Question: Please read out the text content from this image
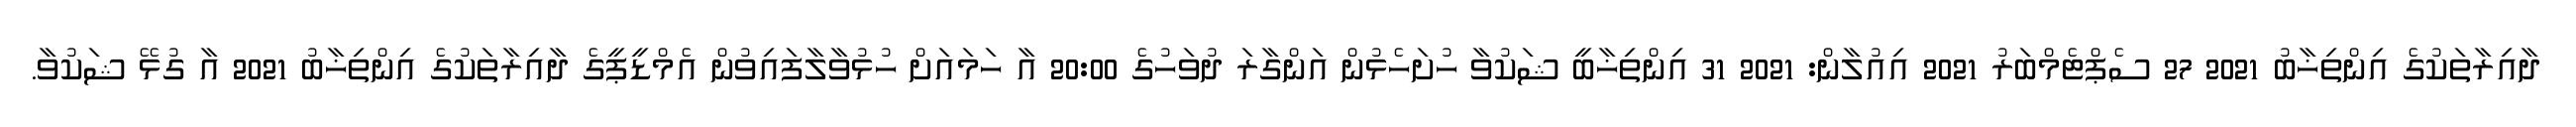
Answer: ދާއިރާތަކުގެ އިންތިޚާބު 2021 27 ސެޕްޓެމްބަރު 2021 އިއުލާން: 2021 31 އިންތިޚާބީ ޝަކުވާ ހުށަހެޅުން އަންގާރަ ދުވަހުގެ 20:00 އާ ހަމައަށް ހުޅުވާލާފައިވުން އެމްޑީޕީގެ ދާއިރާތަކުގެ އިންތިޚާބު 2021 އާ ގުޅޭ ޝަކުވާ.